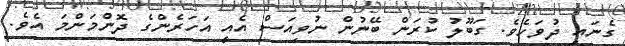
ގެނައި ދުވަހެވެ. ގަބޫލު ކުރަން ބޭނުން ނުވިއަސް އެއީ އަހަރެންގެ ދޮންމަންމަ އެވެ.